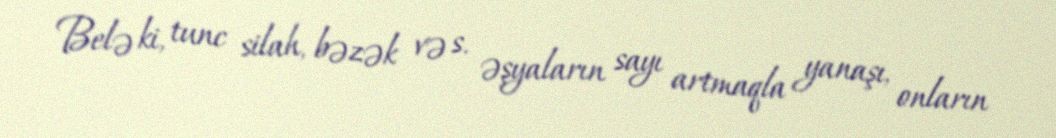
Belə ki, tunc silah, bəzək və s. əşyaların sayı artmaqla yanaşı, onların